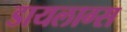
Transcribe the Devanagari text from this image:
डायलाग्स